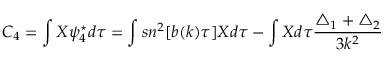
C _ { 4 } = \int X \psi _ { 4 } ^ { \star } d \tau = \int s n ^ { 2 } [ b ( k ) \tau ] X d \tau - \int X d \tau \frac { \triangle _ { 1 } + \triangle _ { 2 } } { 3 k ^ { 2 } }